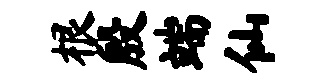
根殷端仙